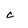
Character: c